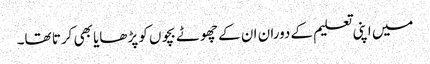
میں اپنی تعلیم کے دوران ان کے چھوٹے بچوں کو پڑھایا بھی کرتا تھا۔